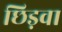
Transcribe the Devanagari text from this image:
छिड़वा